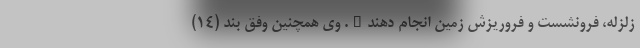
زلزله، فرونشست و فروریزش زمین انجام دهند". وی همچنین وفق بند (۱۴)